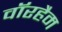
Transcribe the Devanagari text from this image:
वॉरहैम